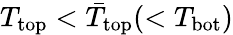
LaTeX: T_{\mathrm{top}}<\bar{T}_{\mathrm{top}}(<T_{\mathrm{bot}})